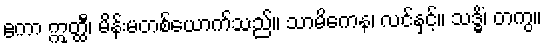
ဧကာ ဣတ္ထီ၊ မိန်းမတစ်ယောက်သည်။ သာမိကေန၊ လင်နှင့်။ သဒ္ဓိံ၊ တကွ။